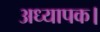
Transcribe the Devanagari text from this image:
अध्यापक।